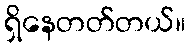
ရှိနေတတ်တယ်။